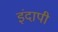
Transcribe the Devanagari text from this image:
इंदापी